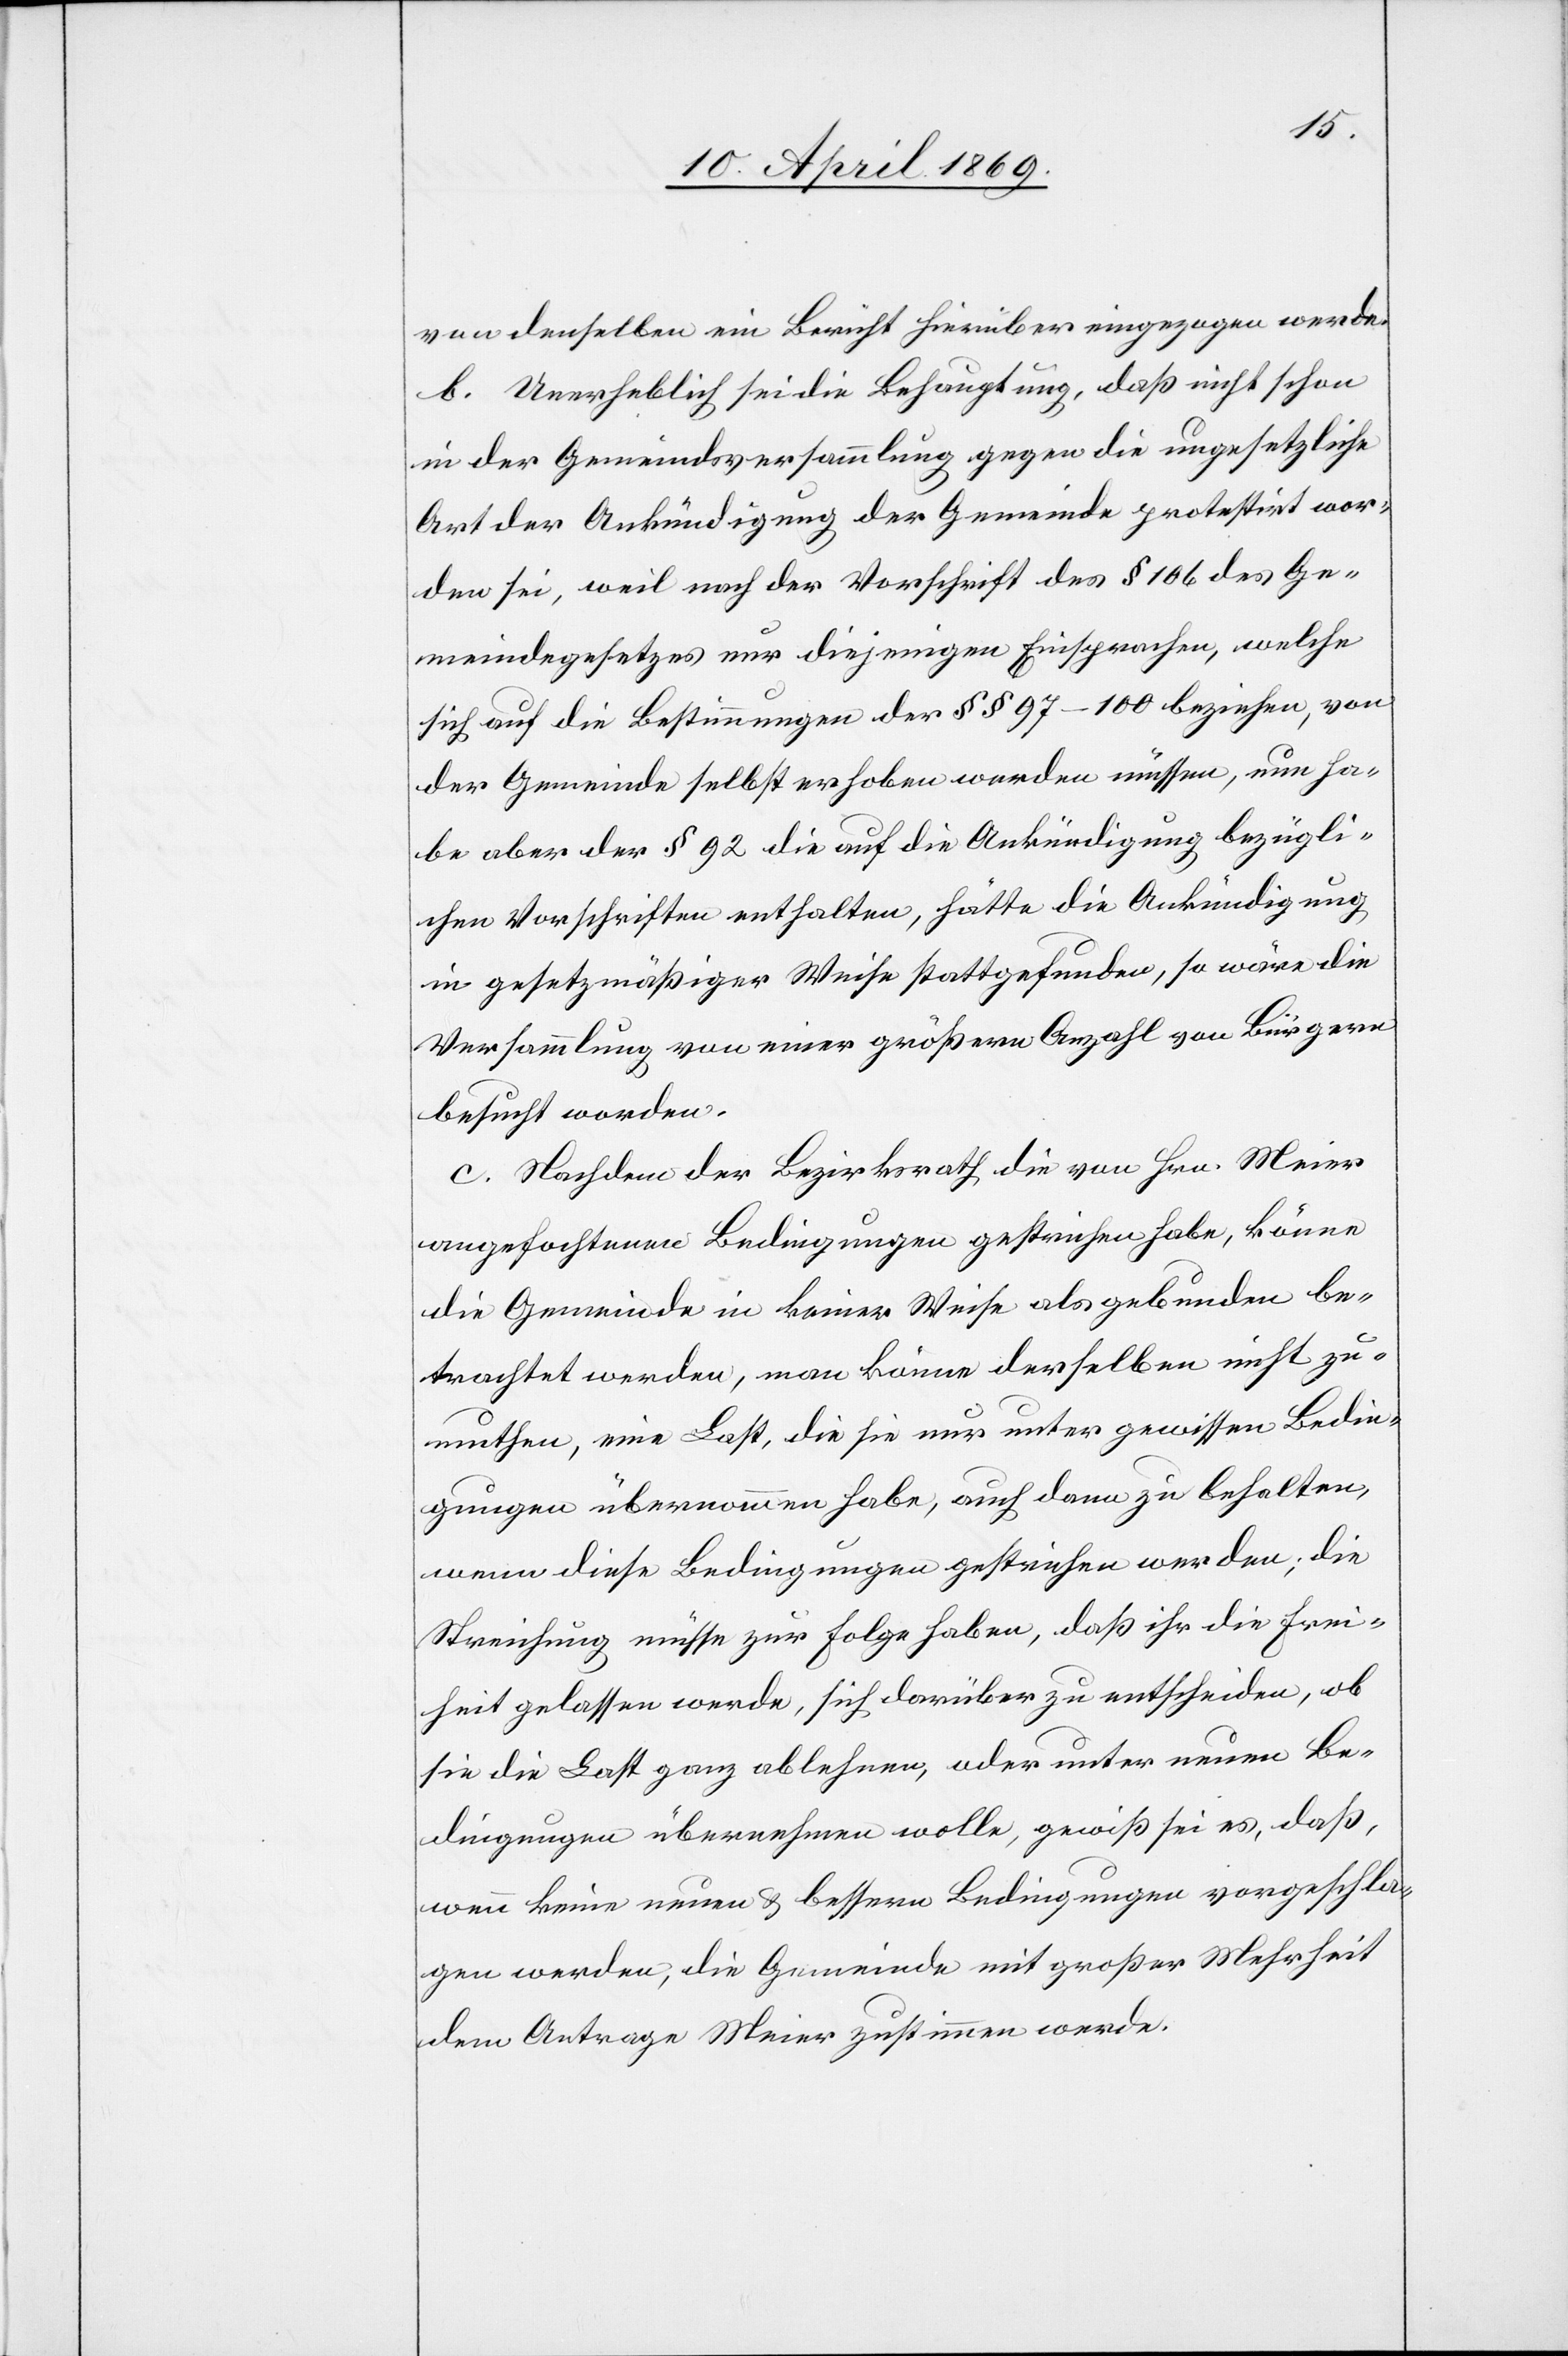
von demselben ein Bericht hierüber eingezogen werde.
b. Unerheblich sei die Behauptung, daß nicht schon
in der Gemeindsversammlung gegen die ungesetzliche
Art der Ankündigung der Gemeinde protestirt wor¬
den sei, weil nach der Vorschrift des § 106 des Ge¬
meindegesetzes nur diejenigen Einsprachen, welche
sich auf die Bestimmungen der §§ 97–100 beziehen, von
der Gemeinde selbst erhoben werden müssen, nun ha¬
be aber der § 92 die auf die Ankündigung bezügli¬
chen Vorschriften enthalten, hätte die Ankündigung
in gesetzmäßiger Weise stattgefunden, so wäre die
Versammlung von einer größern Anzahl von Bürgern
besucht worden.
c. Nachdem der Bezirksrath die von Hrn. Meier
angefochtenen Bedingungen gestrichen habe, könne
die Gemeinde in keiner Weise als gebunden be¬
trachtet werden, man könne derselben nicht zu¬
muthen, eine Last, die sie nur unter gewissen Bedin¬
gungen übernommen habe, auch dann zu behalten,
wenn diese Bedingungen gestrichen werden; die
Streichung müsse zur Folge haben, daß ihr die Frei¬
heit gelassen werde, sich darüber zu entscheiden, ob
sie die Last ganz ablehnen, oder unter neuen Be¬
dingungen übernehmen wolle, gewiß sei es, daß,
wenn keine neuen & bessern Bedingungen vorgeschla¬
gen werden, die Gemeinde mit großer Wahrheit
dem Antrage Meier zustimmen werde.